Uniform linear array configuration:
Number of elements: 8
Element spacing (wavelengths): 0.75
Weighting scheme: exponential
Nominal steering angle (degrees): -60
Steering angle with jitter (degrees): -60.414
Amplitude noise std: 0.05
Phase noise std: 0.05

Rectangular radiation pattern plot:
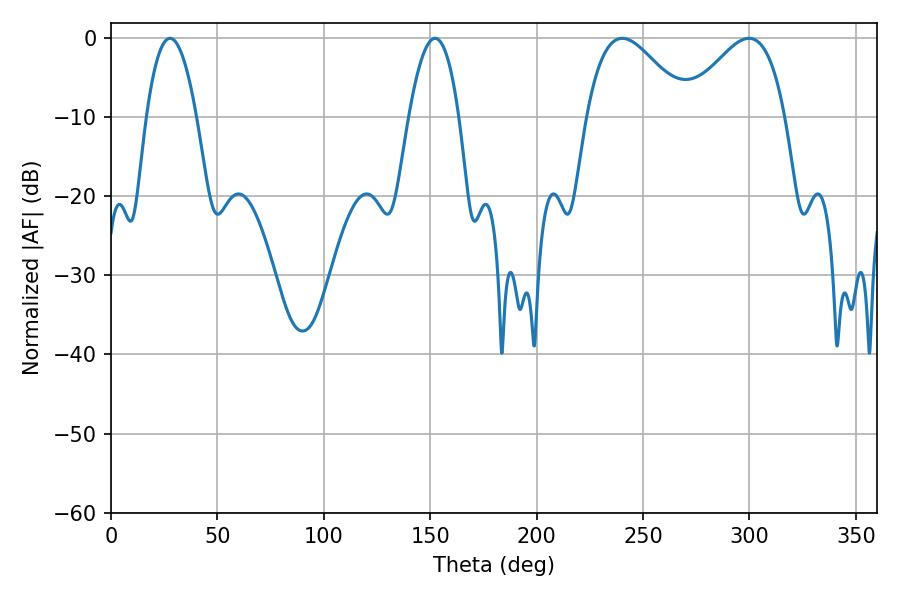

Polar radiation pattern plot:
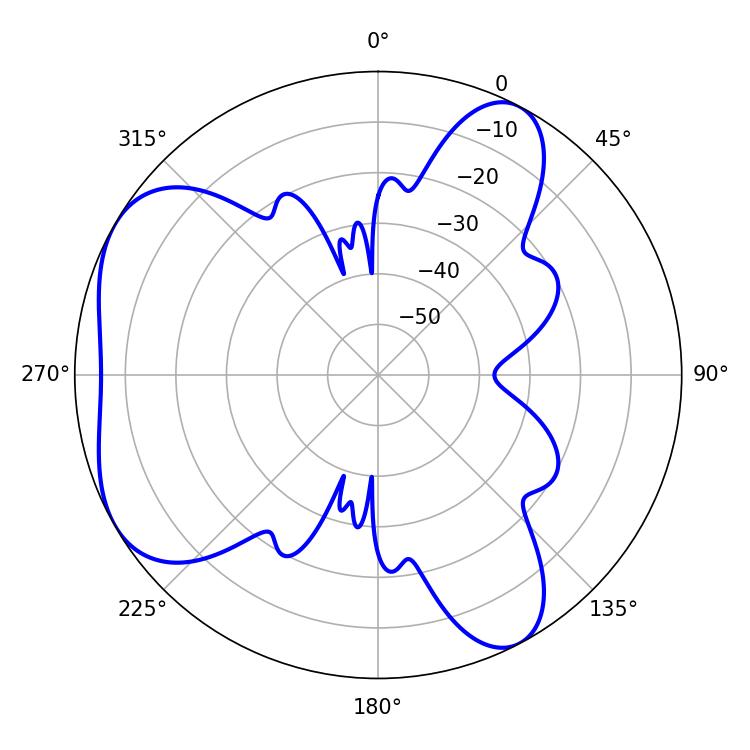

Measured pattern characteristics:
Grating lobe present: TRUE
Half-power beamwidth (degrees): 12.96
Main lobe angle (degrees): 27.72